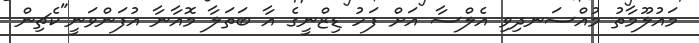
މައުލޫމާތު މުއްސަނދިވި އެލްސާ އަށް ފަހު ޑިޒްނީގެ އާ ބަތަލާ މޮއާނާ އުފަންވަނީ"ކެޗިން